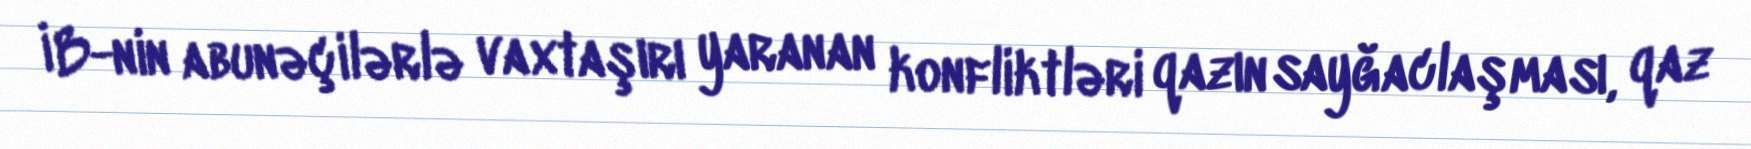
İB-nin abunəçilərlə vaxtaşırı yaranan konfliktləri qazın sayğaclaşması, qaz